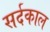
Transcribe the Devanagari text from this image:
सर्दकाल